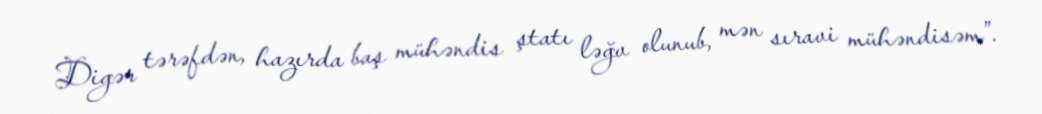
Digər tərəfdən, hazırda baş mühəndis ştatı ləğv olunub, mən sıravi mühəndisəm”.